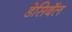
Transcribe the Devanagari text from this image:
डेसिबॅल